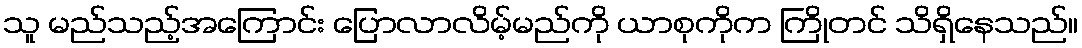
သူ မည်သည့်အကြောင်း ပြောလာလိမ့်မည်ကို ယာစုကိုက ကြိုတင် သိရှိနေသည်။